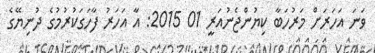
ވަނަ އަހަރަށް މަރުހަބާ ކިޔުންޖެނުއަރީ 01 2015: އާ އަހަރު ފާހަގަކުރުމުގެ ދުނިޔޭގެ